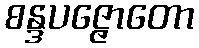
စန္ဒပဇ္ဇောတော